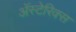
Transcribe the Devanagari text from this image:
अॅस्टेरिक्स